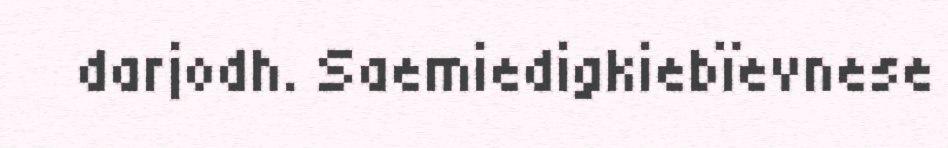
darjodh. Saemiedigkiebïevnese